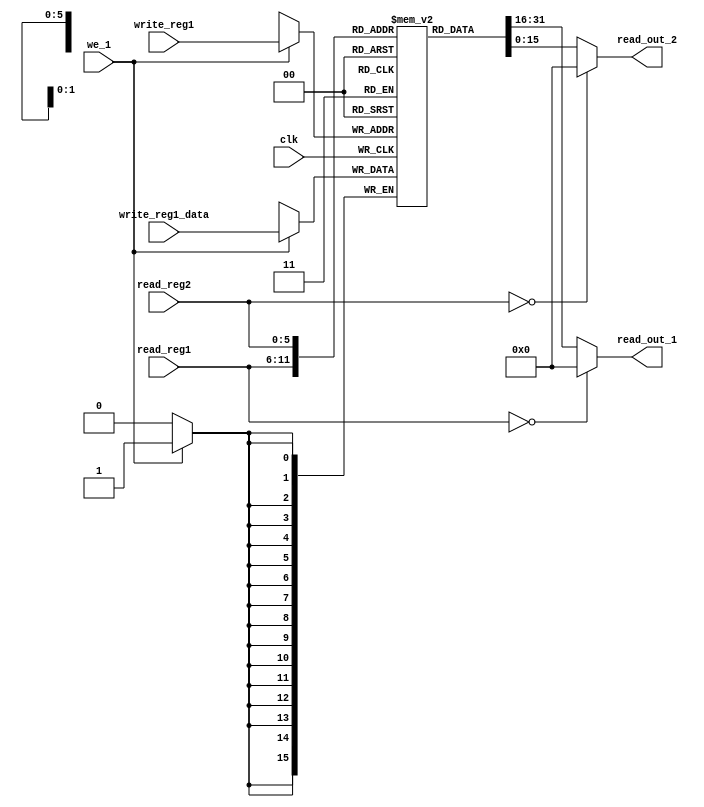
module regfile #(parameter WIDTH = 16,parameter DEPTH = 64)(
input clk,
input we_1,
input [$clog2(DEPTH)-1:0]read_reg1,read_reg2,
input [$clog2(DEPTH)-1:0]write_reg1,
input [WIDTH-1:0]write_reg1_data,

output [WIDTH-1:0] read_out_1,read_out_2
);
integer i;

parameter zero={(WIDTH){1'b0}};

reg [WIDTH-1:0]file[0:DEPTH-1];

assign read_out_1=(read_reg1==5'b0)?zero:file[read_reg1];
assign read_out_2=(read_reg2==5'b0)?zero:file[read_reg2];


initial begin //test use
	for(i=0;i<DEPTH;i=i+1)
		file[i]=32'd0;
	end

always @(posedge clk)
begin
	if(we_1)
		file[write_reg1]<=write_reg1_data;

end

endmodule